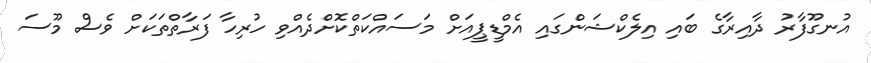
އުނގޫފާރު ދާއިރާގެ ބައި އިލެކްޝަންގައި އެމްޑީޕީއަށް މަސައްކަތްކޮށްދެއްވި ހުރިހާ ފަރާތްތަކަށް ވެސް މޫސަ